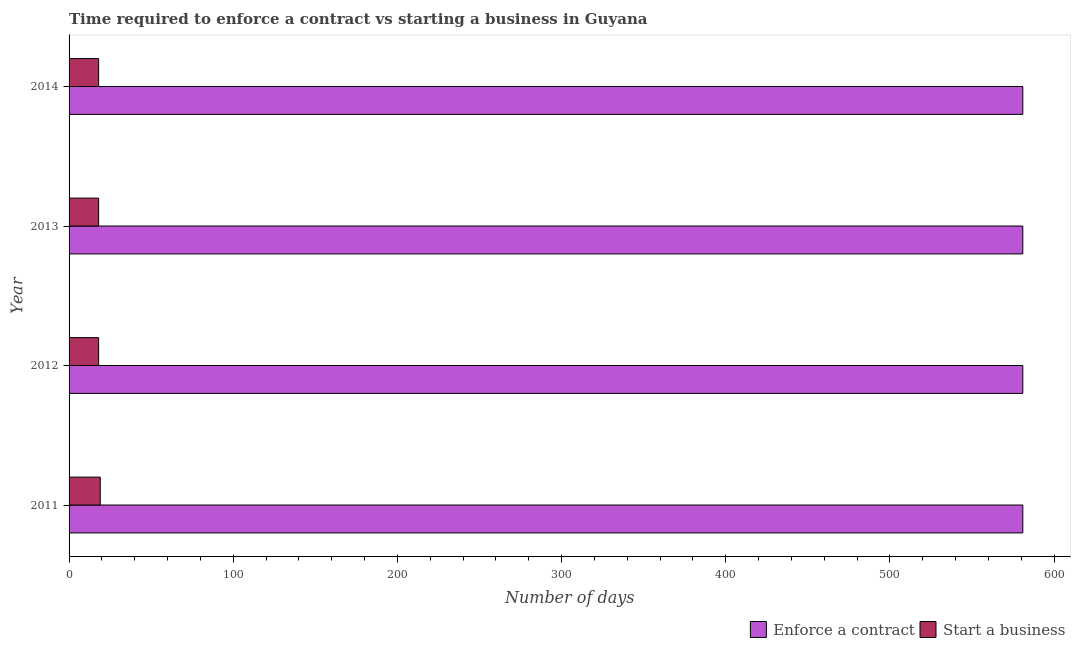
| Year | Enforce a contract | Start a business |
 | --- | --- | --- |
 | 2011 | 581 | 19 |
 | 2012 | 581 | 18 |
 | 2013 | 581 | 18 |
 | 2014 | 581 | 18 |